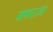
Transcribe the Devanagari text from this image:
गणरज्य